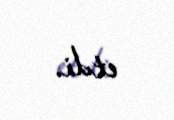
etdi.